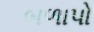
બળાપો